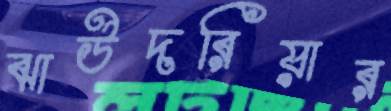
ঝাউদরিয়ার